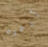
أدعوه